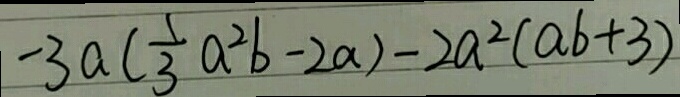
- 3 a ( \frac { 1 } { 3 } a ^ { 2 } b - 2 a ) - 2 a ^ { 2 } ( a b + 3 )